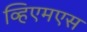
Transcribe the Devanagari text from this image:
व्हिएमएस